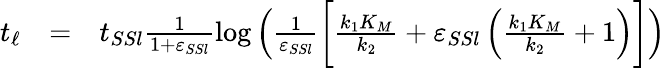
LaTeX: \begin{array}{rcl}{t_{\ell}}&{=}&{t_{SSl}\frac{1}{1+\varepsilon_{SSl}}\log\left(\frac{1}{\varepsilon_{SSl}}\bigg[\frac{k_{1}K_{M}}{k_{2}}+\varepsilon_{SSl}\left(\frac{k_{1}K_{M}}{k_{2}}+1\right)\bigg]\right)}\end{array}